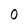
Character: 0